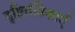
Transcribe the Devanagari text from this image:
दृष्टितंत्रिकाएँ